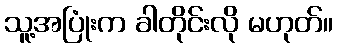
သူ့အပြုံးက ခါတိုင်းလို မဟုတ်။